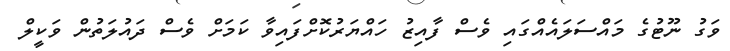
ވަގު ނޫޓުގެ މައްސަލައެއްގައި ވެސް ފާއިޒު ހައްޔަރުކޮށްފައިވާ ކަމަށް ވެސް ދައުލަތުން ވަކީލް